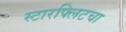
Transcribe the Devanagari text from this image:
स्टारफ्लिटचा